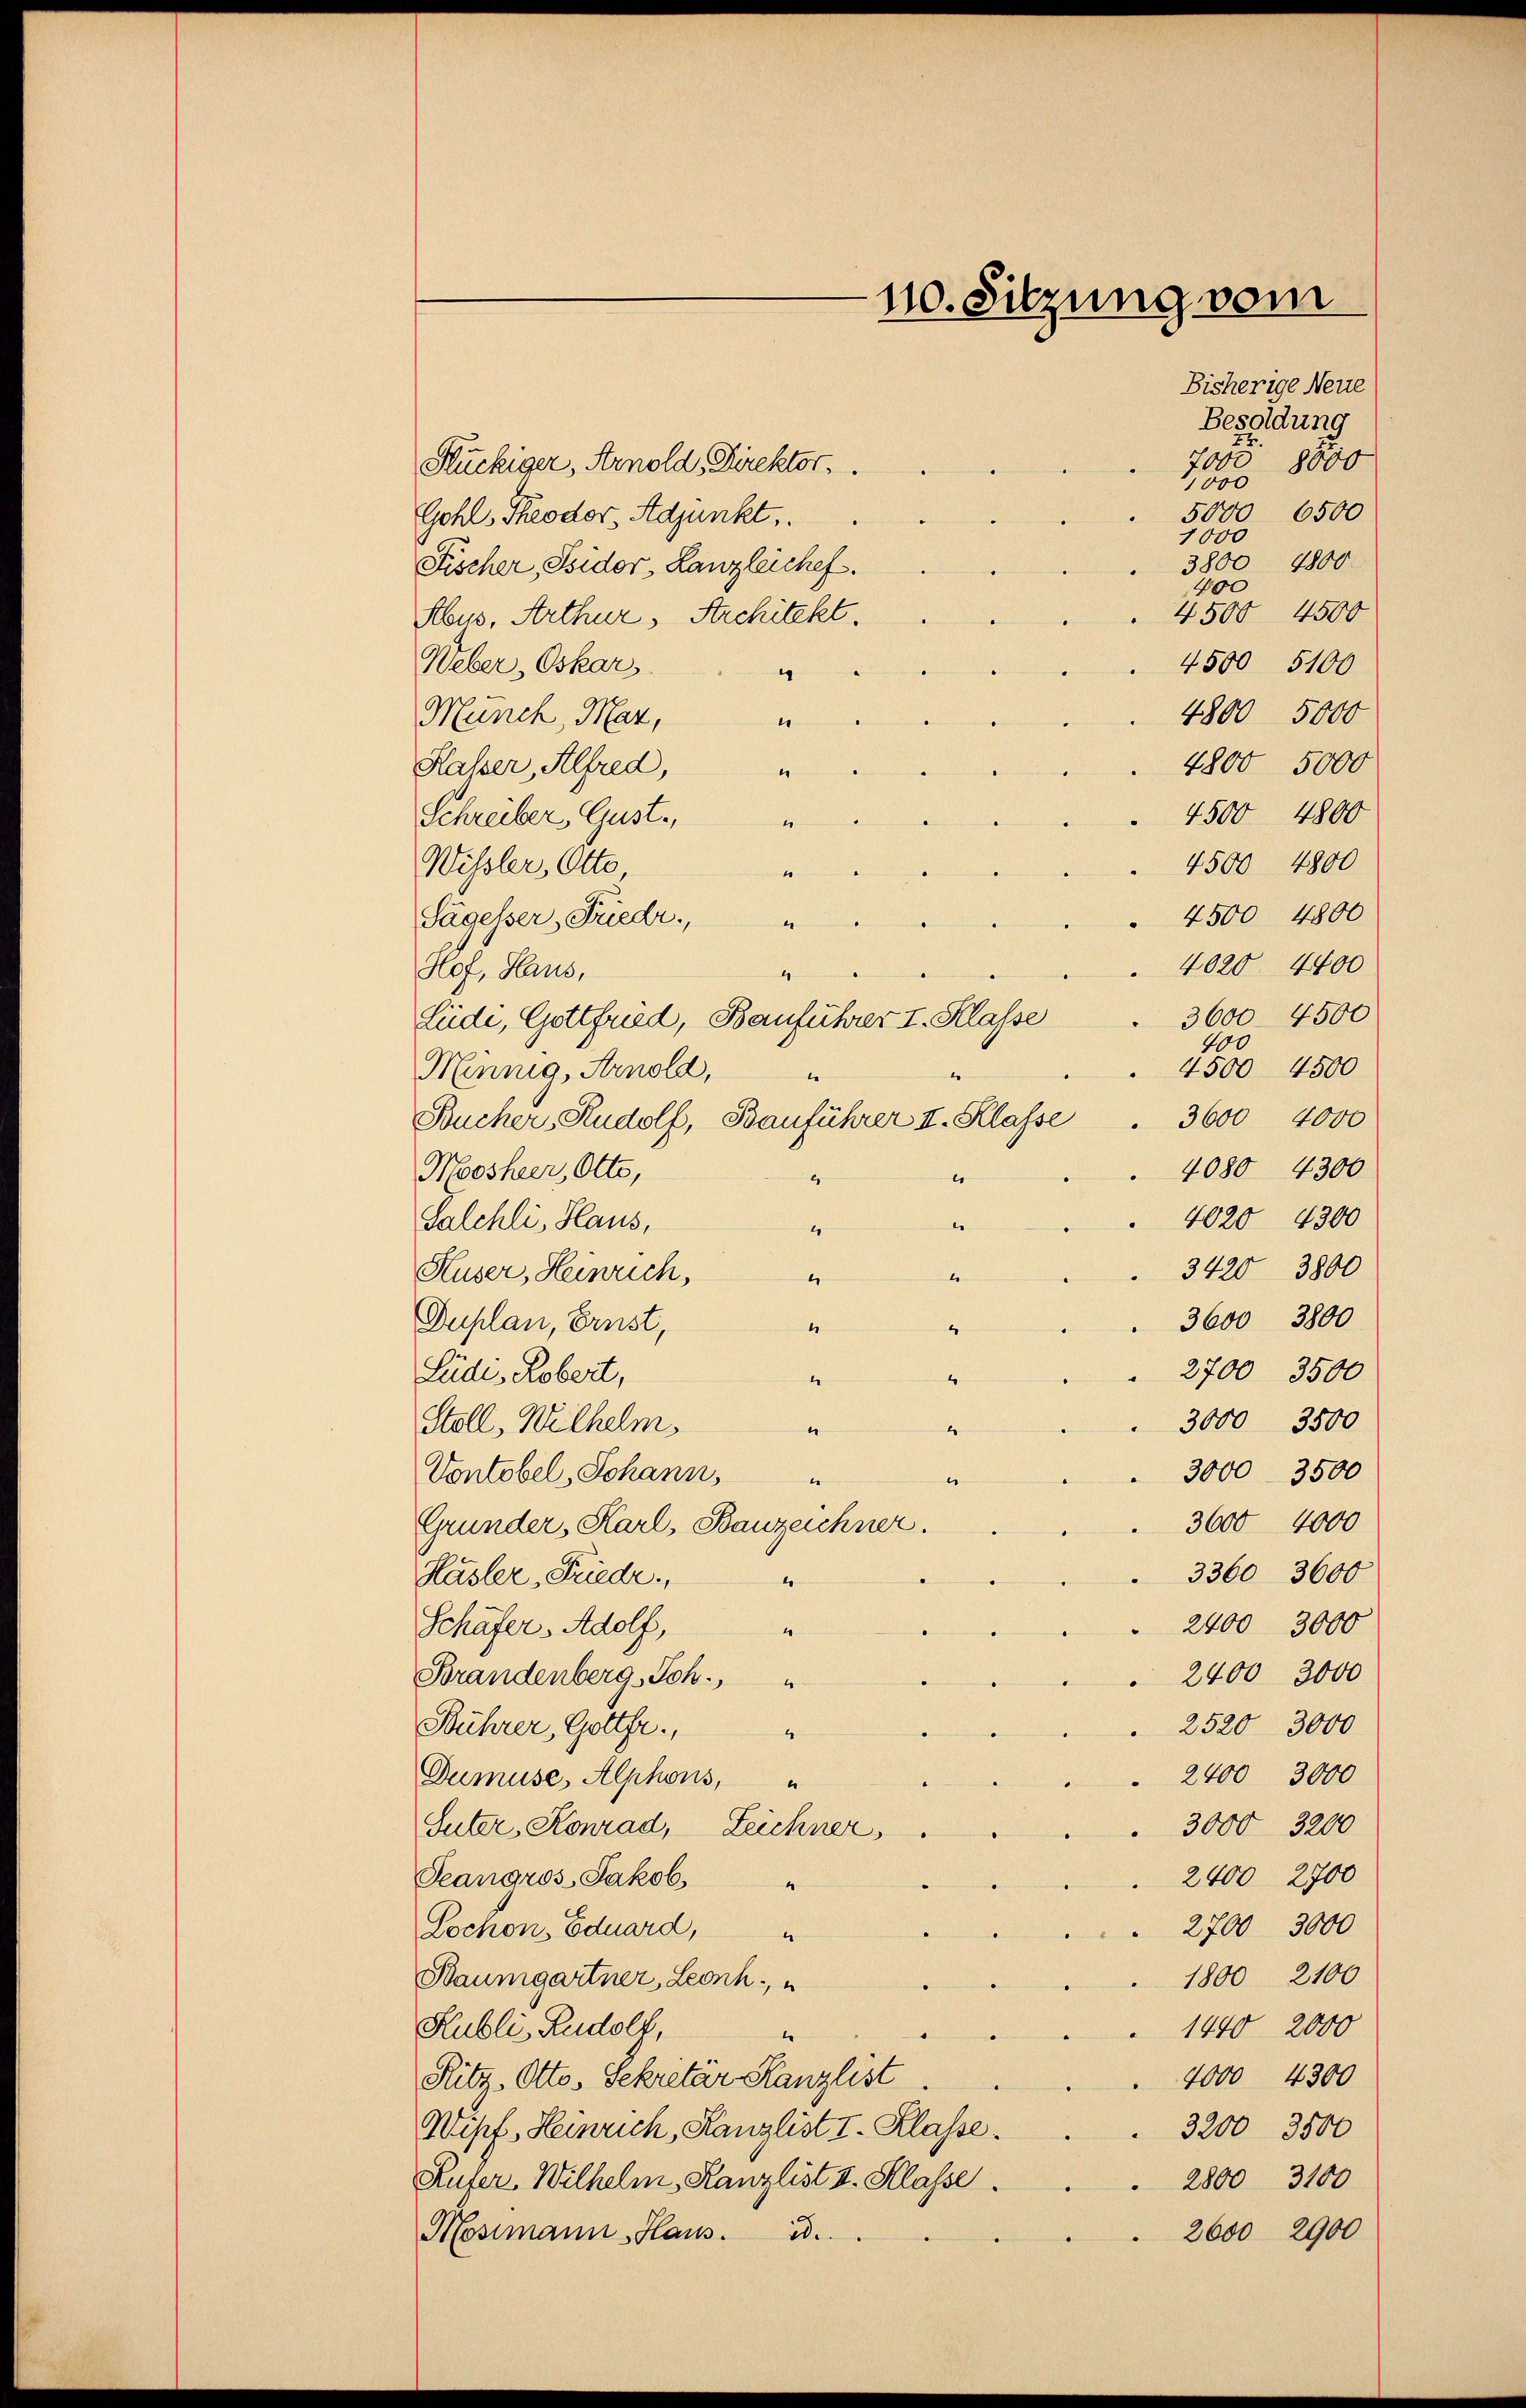
110. Sitzung vom

Bisherige Neue
Besoldung
7005 8000

Flückiger, Arnold, Direktor,
1000
5000 6500
Gohl, Theodor, Adjunkt,
1000
3800 4800
Fischer, Sider, Lanzleiche
400
4500 4500
Abus, Arthur, Architekt.
4500 5100
Weber, Oskar
4
4800 5000
Münch, Mar,
.
4800 5000
Halser, Alfred,
1
4500 4800
Schreiber, Gust,
.
4500 4800
Wissler, Otto,
“
4500 4800
Sägesser, Friedr.
e
4020 4400
Hof, Haus,
4
3600. 4500
Leide, Gottfried, Bauführer I. Klasse
400
4500 4500
Minnig, Arnold,
3600 4000
Bucher Rudolf, Bauführer II. Klasse
4080 4300
Moosheer, Otts,
e
4
4020 4300
Salchli, Haus,
.
4
3420 3800
Huser, Heinrich,
e
3600 3800
Duplan, Ernst,
“
2700 3500
Lude, Robert,
4
e
3000 3500
Stoll, Wilhelm
e
1
3000 3500
Vontobel, Johann,
e
e
3600 4000
Grunder, Karl, Bauzeichner.
3360 3600
Hasler, Friede
1
2400 3000
Schäfer Adolf,
“
2400 3000
Brandenberg, Joh.
4
2520  3000
Bührer, Gottfr.,
4
2400 3000
Dumuse, Alphons,
3000 3200
Suter, Konrad, Zeichner,
2400 2700
Geangros, Jakob.
“
2700 3000
Lochon Eduard,
“
1800 2100
Baumgartner, Leonh
Kubli, Rudolf,
1440 2000
4000 4300
Ritz, Otto. Sekretar Kanzlist
Wipf, Heinrich, Kanzlist I. Klasse
3200 3500
Rufer, Wilhelm, Kanzlist u. Klasse.
2800 3100
2600 2900
Mosimann, Haus. Bd.